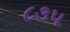
૮૩૫